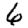
Digit: 6